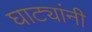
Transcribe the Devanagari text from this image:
घाट्यांनी